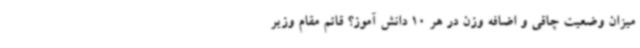
میزان وضعیت چاقی و اضافه وزن در هر 10 دانش آموز؟ قائم‌ مقام وزیر